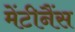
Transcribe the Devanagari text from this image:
मेंटीनैंस